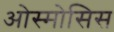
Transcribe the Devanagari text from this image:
ओस्मोसिस